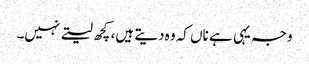
وجہ یہی ہے ناں کہ وہ دیتے ہیں، کچھ لیتے نہیں۔